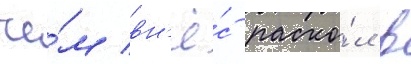
че́м вн'ё́с раско́л в